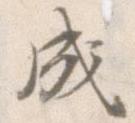
成